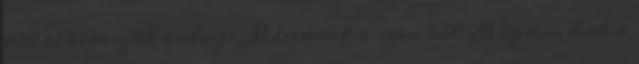
100 elképesztő dolog: Mindent a szexről Mégsem hat a